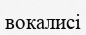
вокалисі